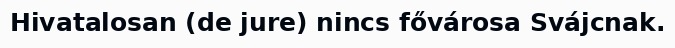
Hivatalosan (de jure) nincs fővárosa Svájcnak.